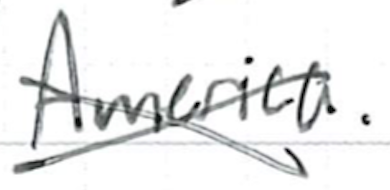
Text: America.
Cross-out: cross
Writing tool: ballpoint